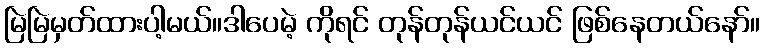
မြဲမြဲမှတ်ထားပါ့မယ်။ဒါပေမဲ့ ကိုရင် တုန်တုန်ယင်ယင် ဖြစ်နေတယ်နော်။